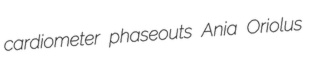
cardiometer phaseouts Ania Oriolus